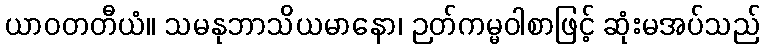
ယာဝတတီယံ။ သမနုဘာသိယမာနော၊ ဉတ်ကမ္မဝါစာဖြင့် ဆုံးမအပ်သည်